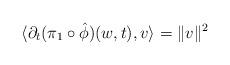
LaTeX: \begin{align*} \langle \partial_t (\pi_1 \circ \hat \phi)(w,t) , v \rangle = \Vert v \Vert^2\end{align*}